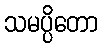
သမပ္ပိတော